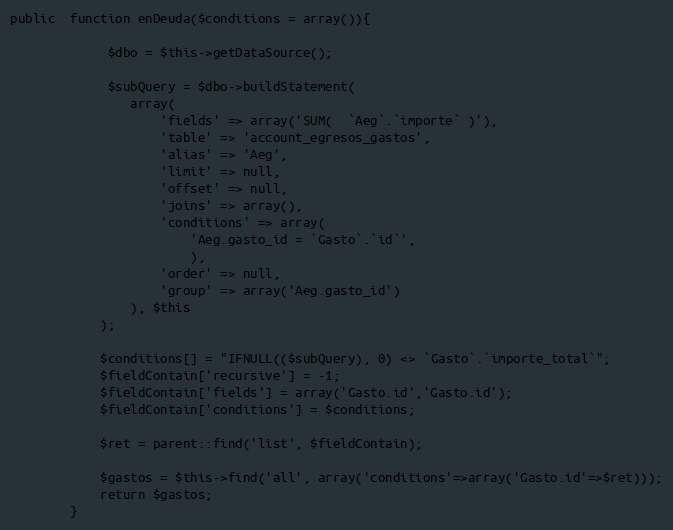
Language: PHP
public  function enDeuda($conditions = array()){

             $dbo = $this->getDataSource();

             $subQuery = $dbo->buildStatement(
                array(
                    'fields' => array('SUM(  `Aeg`.`importe` )'),
                    'table' => 'account_egresos_gastos',
                    'alias' => 'Aeg',
                    'limit' => null,
                    'offset' => null,
                    'joins' => array(),
                    'conditions' => array(
                        'Aeg.gasto_id = `Gasto`.`id`',
                        ),
                    'order' => null,
                    'group' => array('Aeg.gasto_id')
                ), $this
            );

            $conditions[] = "IFNULL(($subQuery), 0) <> `Gasto`.`importe_total`";
            $fieldContain['recursive'] = -1;
            $fieldContain['fields'] = array('Gasto.id','Gasto.id');
            $fieldContain['conditions'] = $conditions;

            $ret = parent::find('list', $fieldContain);

            $gastos = $this->find('all', array('conditions'=>array('Gasto.id'=>$ret)));
            return $gastos;
        }